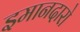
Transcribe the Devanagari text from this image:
इमानदारो